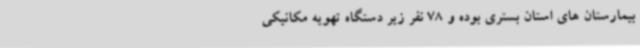
بیمارستان های استان بستری بوده و 78 نفر زیر دستگاه تهویه مکانیکی